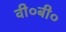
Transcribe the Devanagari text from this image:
वी०बी०